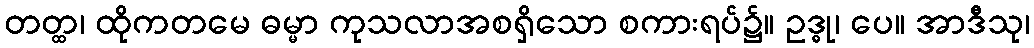
တတ္ထ၊ ထိုကတမေ ဓမ္မာ ကုသလာအစရှိသော စကားရပ်၌။ ဥဒ္ဓု၊ ပေ။ အာဒီသု၊